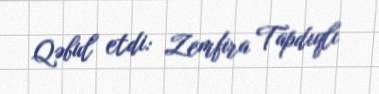
Qəbul etdi: Zemfira Tapdıqlı